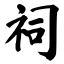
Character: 祠